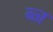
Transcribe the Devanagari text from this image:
ब्ज